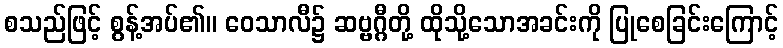
စသည်ဖြင့် စွန့်အပ်၏။ ဝေသာလီ၌ ဆဗ္ဗဂ္ဂီတို့ ထိုသို့သောအခင်းကို ပြုစေခြင်းကြောင့်